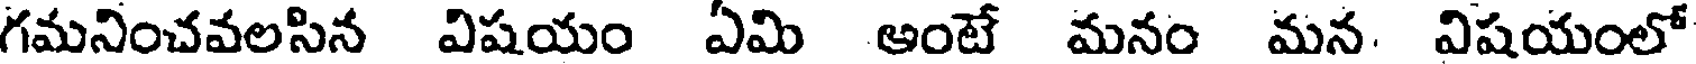
గమనించవలసిన విషయం ఏమి ఆంటే మనం మన. విషయంలో